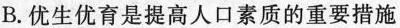
B.优生优育是提高人口素质的重要措施